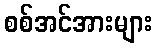
စစ်အင်အားများ